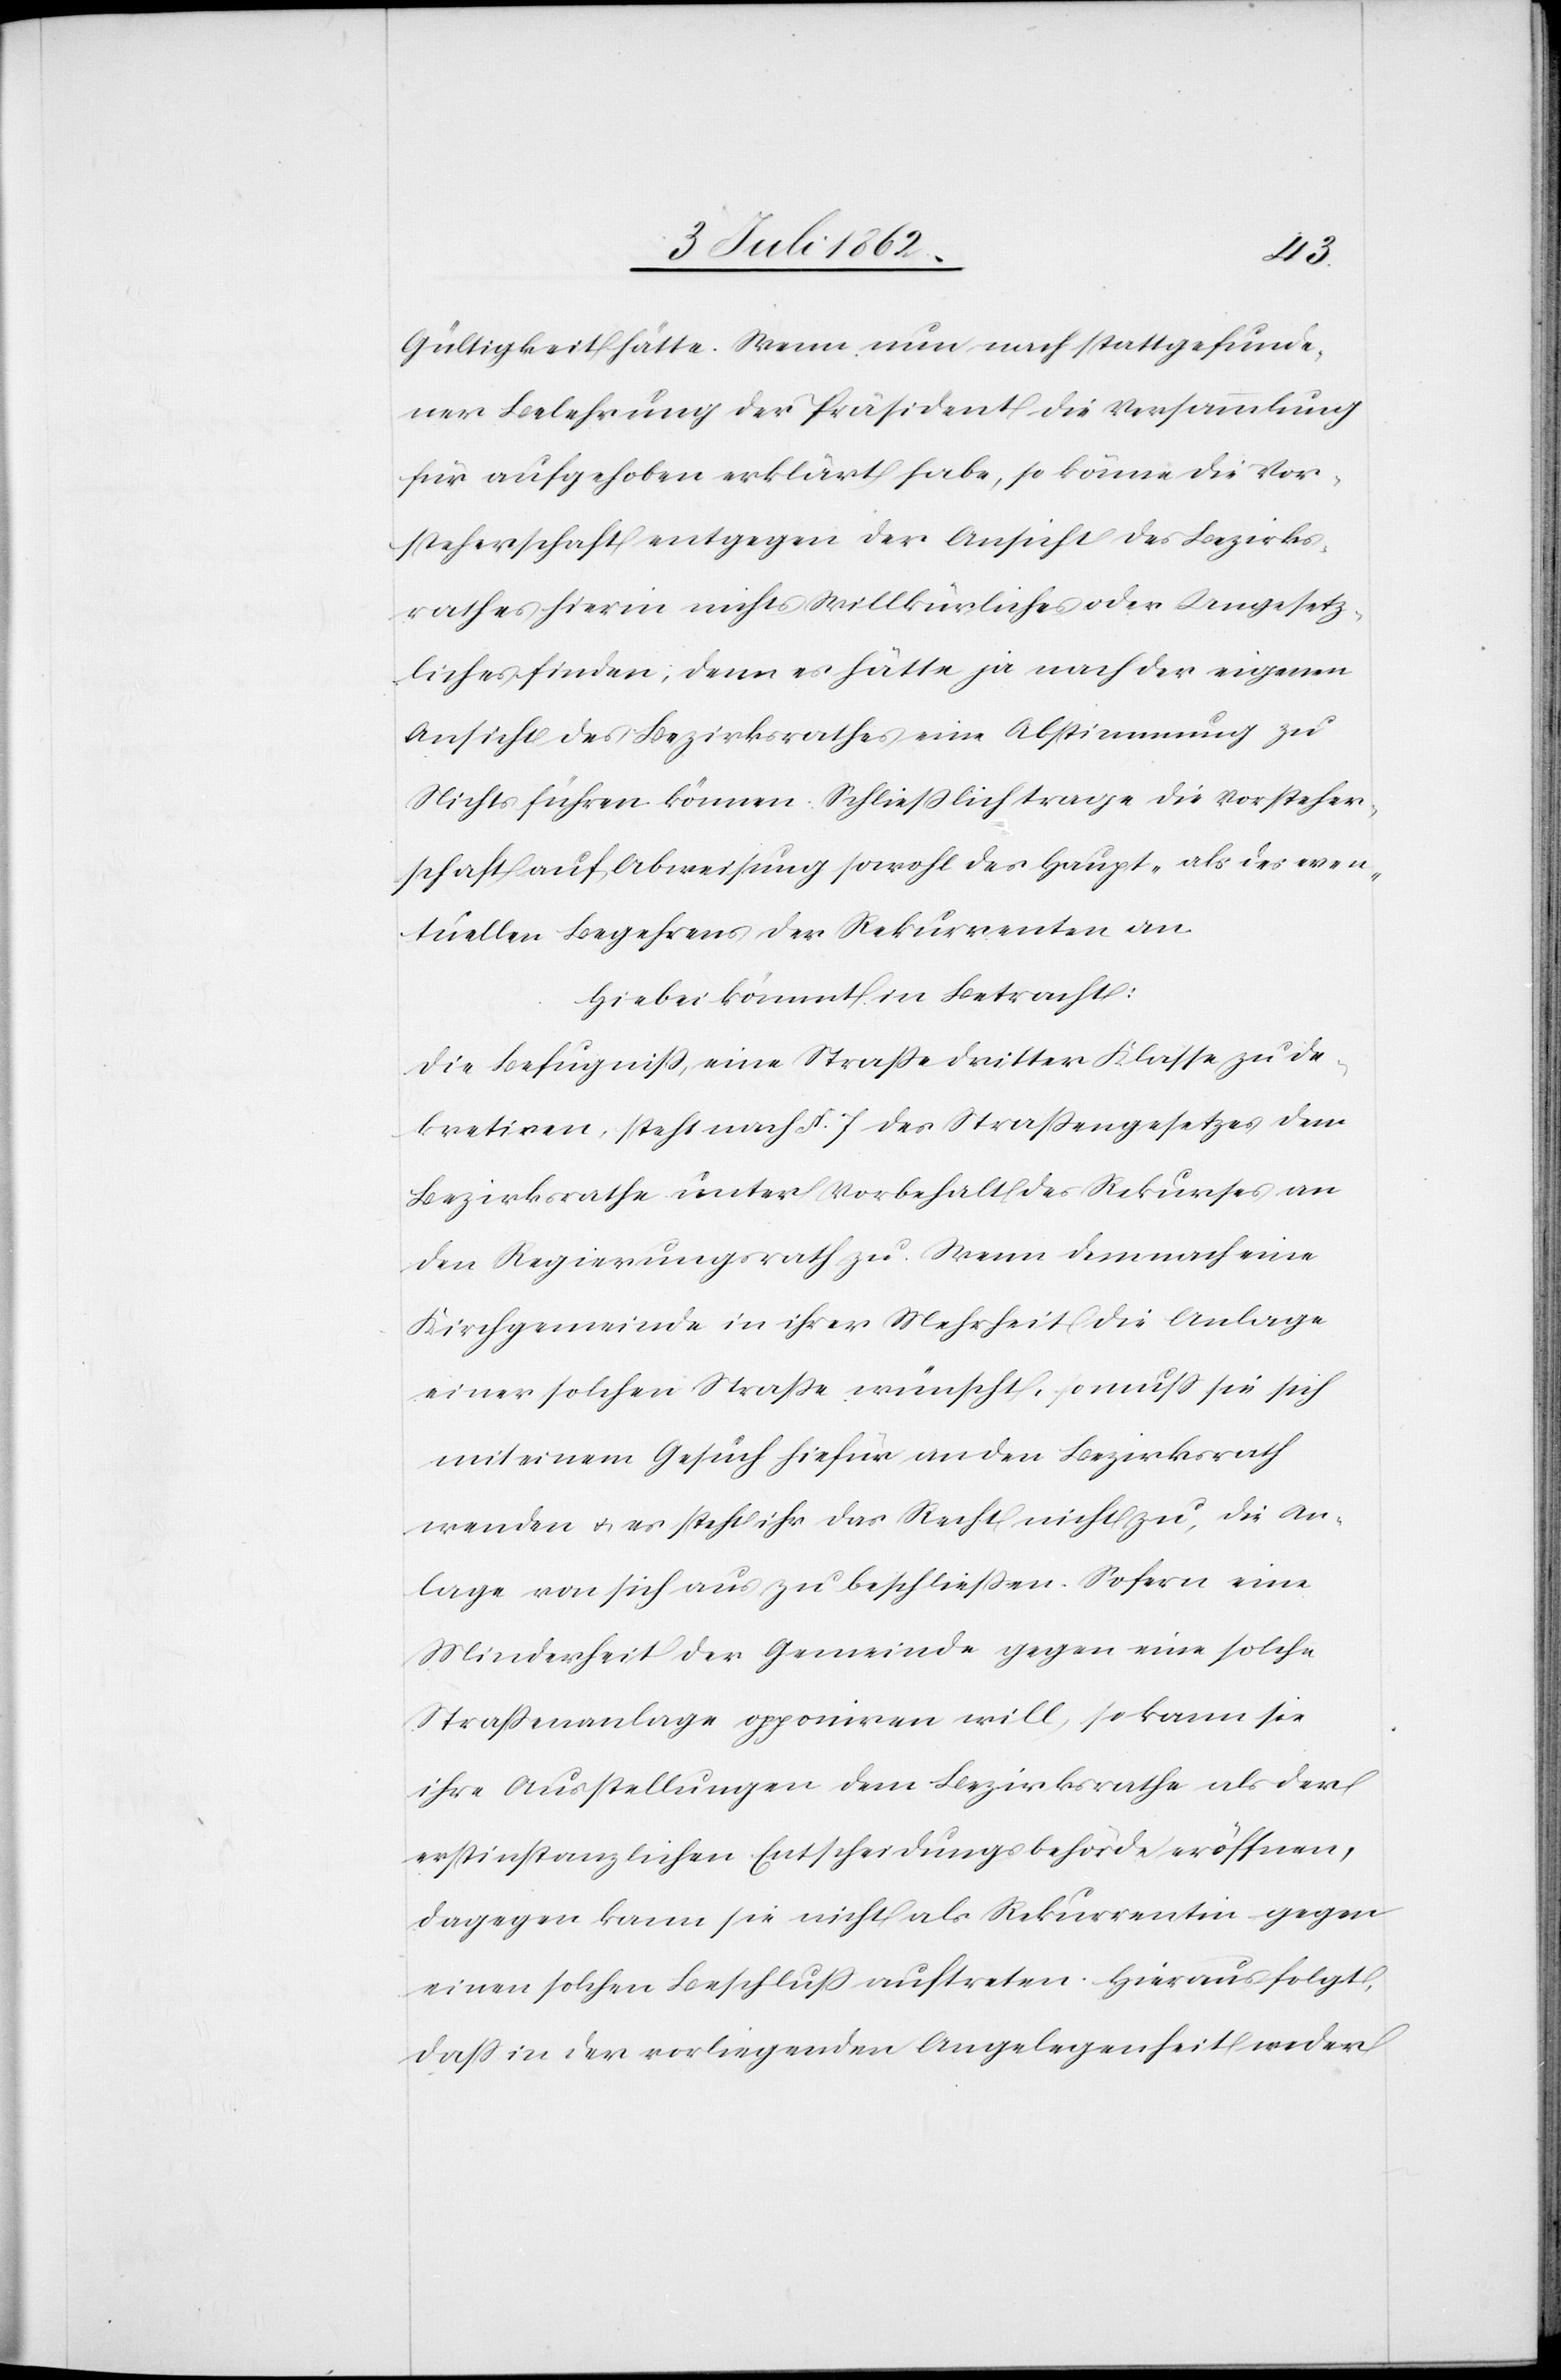
Gültigkeit hätte. Wenn nun nach stattgefunde¬
ner Belehrung der Präsident die Versammlung
für aufgehoben erklärt habe, so könne die Vor¬
steherschaft entgegen der Ansicht des Bezirks¬
rathes hierin nichts Willkürliches oder Ungesetz¬
liches finden, denn es hätte je nach der eigenen
Ansicht des Bezirksrathes eine Abstimmung zu
Nichts führen können. Schließlich trage die Vorsteher¬
schaft auf Abweisung sowohl des Haupt- als des even¬
tuellen Begehrens der Rekurrenten an.
Hiebei kömmt in Betracht:
Die Befugniß, eine Straße dritter Klasse zu de¬
kretiren, steht nach § 7 des Straßengesetzes dem
Bezirksrathe unter Vorbehalt des Rekurses an
den Regierungsrath zu. Wenn demnach eine
Kirchgemeinde in ihrer Mehrheit die Anlage
einer solchen Straße wünscht, so muß sie sich
mit einem Gesuch hiefür an den Bezirksrath
wenden u. es steht ihr das Recht nicht zu, die An¬
lage von sich aus zu beschließen. Sofern eine
Minderheit der Gemeinde gegen eine solche
Straßenanlage opponiren will, so kann sie
ihre Ausstellungen dem Bezirksrathe als der
erstinstanzlichen Entscheidungsbehörde eröffnen,
dagegen kann sie nicht als Rekurrentin gegen
einen solchen Beschluß auftreten. Hieraus folgt,
daß in der vorliegenden Angelegenheit weder